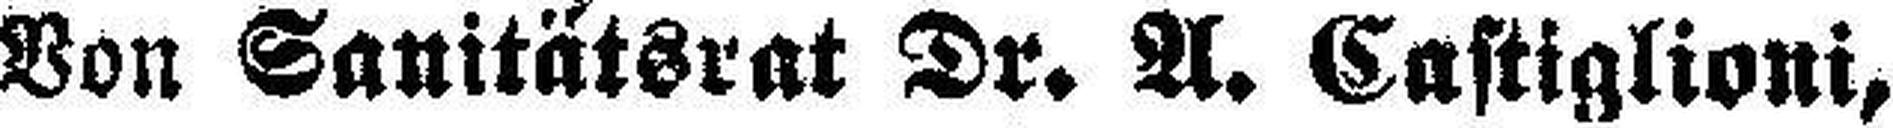
Von Sanitätsrat Dr. A. Castiglioni,